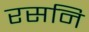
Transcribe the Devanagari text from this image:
रसनि